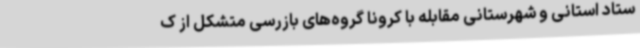
ستاد استانی و شهرستانی مقابله با کرونا گروه‌های بازرسی متشکل از ک